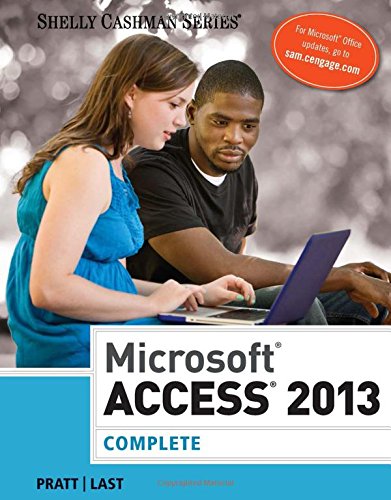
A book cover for Microsoft Access 2013: Complete (Shelly Cashman Series); Philip J. Pratt; Computers & Technology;